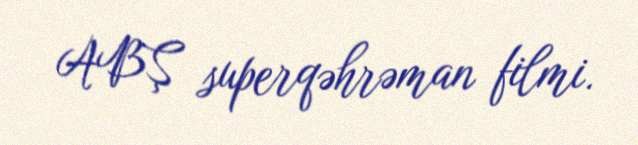
ABŞ superqəhrəman filmi.